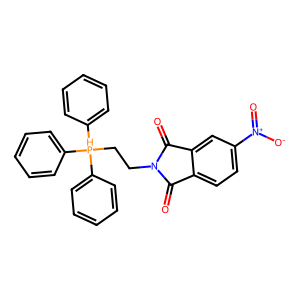
SMILES: O=C1c2ccc([N+](=O)[O-])cc2C(=O)N1CC[PH](c1ccccc1)(c1ccccc1)c1ccccc1
Inhibits HIV replication: No